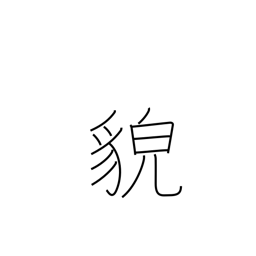
Meaning: countenance